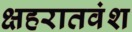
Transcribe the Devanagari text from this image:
क्षहरातवंश